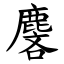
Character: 麐